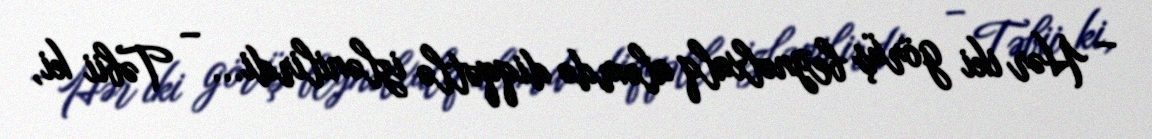
– Hər iki görüş beynəlxalq aləmdə diqqətlə izlənilirdi... – Təbii ki,